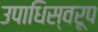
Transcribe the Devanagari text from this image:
उपाधिस्वरूप